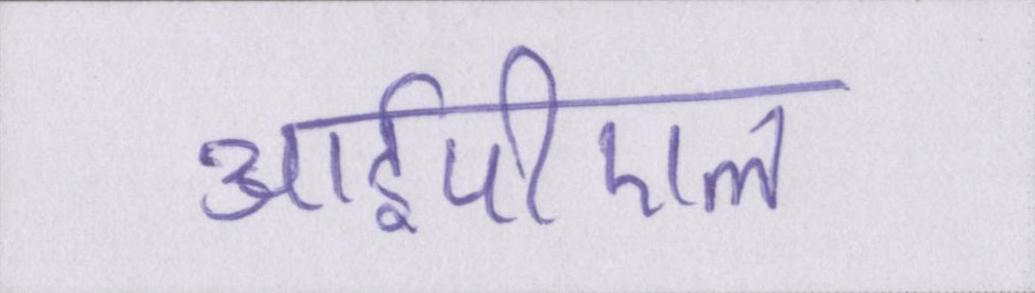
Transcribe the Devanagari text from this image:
आईपीएल